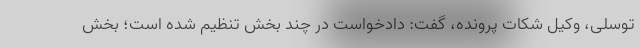
توسلی، وکیل شکات پرونده، گفت: دادخواست در چند بخش تنظیم شده است؛ بخش